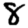
Digit: 8